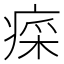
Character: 𤷕